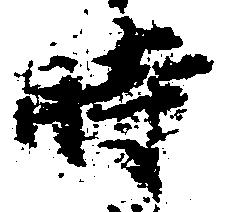
時